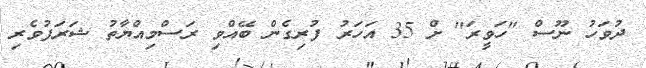
ދުވަހު ނޫސް "ހަވީރަ" ށް 35 އަހަރު ފުރިގެން ބޭއްވި ރަސްމިއްޔާތު ޝަރަފުވެރި